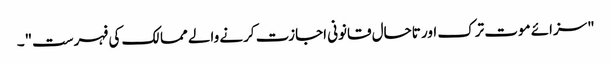
"سزائے موت ترک اور تاحال قانونی اجازت کرنے والے ممالک کی فہرست"۔